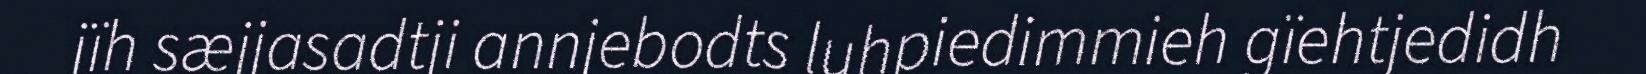
jïh sæjjasadtji annjebodts luhpiedimmieh gïehtjedidh